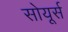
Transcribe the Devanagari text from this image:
सोयूर्स